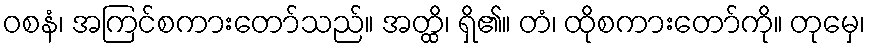
ဝစနံ၊ အကြင်စကားတော်သည်။ အတ္ထိ၊ ရှိ၏။ တံ၊ ထိုစကားတော်ကို။ တုမှေ၊